Report on horse surra - Volume I
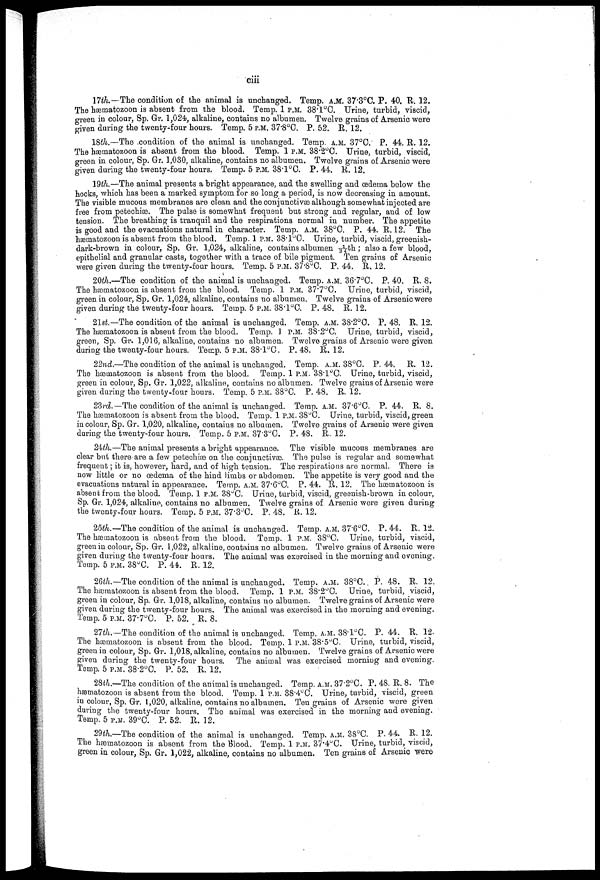
ciii
17th.—The condition of the animal is unchanged. Temp. A.M. 37.3°C. P. 40. R. 12.
The hæmatozoon is absent from the blood. Temp. 1 P.M. 38.1°C. Urine, turbid, viscid,
green in colour, Sp. Gr. 1,024, alkaline, contains no albumen. Twelve grains of Arsenic were
given during the twenty-four hours. Temp. 5 P.M. 37.8°C. P. 52. R. 12.
18th.—The condition of the animal is unchanged. Temp. A.M. 37°C. P. 44. R. 12.
The hæmatozoon is absent from the blood. Temp. 1 P.M. 38.2°C. Urine, turbid, viscid,
green in colour, Sp. Gr. 1,030, alkaline, contains no albumen. Twelve grains of Arsenic were
given during the twenty-four hours. Temp. 5 P.M. 38.1°C. P. 44. R. 12.
19th.—The animal presents a bright appearance, and the swelling and œdema below the
hocks, which has been a marked symptom for so long a period, is now decreasing in amount.
The visible mucous membranes are clean and the conjunctivæ although somewhat injected are
free from petechiæ. The pulse is somewhat frequent but strong and regular, and of low
tension. The breathing is tranquil and the respirations normal in number. The appetite
is good and the evacuations natural in character. Temp. A.M. 38°C. P. 44. R. 12. The
hæmatozoon is absent from the blood. Temp. 1 P.M. 38.1°C. Urine, turbid, viscid, greenish-
dark-brown in colour, Sp. Gr. 1,024, alkaline, contains albumen 1/34th; also a few blood,
epithelial and granular casts, together with a trace of bile pigment. Ten grains of Arsenic
were given during the twenty-four hours. Temp. 5 P.M. 37.8°C. P. 44. R, 12.
20th.—The condition of the animal is unchanged. Temp. A.M. 36.7°C. P. 40. R. 8.
The hæmatozoon is absent from the blood. Temp. 1 P.M. 37.7°C. Urine, turbid, viscid,
green in colour, Sp. Gr. 1,024, alkaline, contains no albumen. Twelve grains of Arsenic were
given during the twenty-four hours. Temp. 5 P.M. 38.1°C. P. 48. R. 12.
21st.—The condition of the animal is unchanged. Temp. A.M. 38.2°C. P. 48. R. 12.
The hæmatozoon is absent from the blood. Temp. 1 P.M. 38.2°C. Urine, turbid, viscid,
green, Sp. Gr. 1,016, alkaline, contains no albumen. Twelve grains of Arsenic were given
during the twenty-four hours. Temp. 5 P.M. 38.1°C. P. 48. R. 12.
22nd.—The condition of the animal is unchanged. Temp. A.M. 38°C. P. 44. R. 12.
The hæmatozoon is absent from the blood. Temp. 1 P.M. 38.1°C. Urine, turbid, viscid,
green in colour, Sp. Gr. 1,022, alkaline, contains no albumen. Twelve grains of Arsenic were
given during the twenty-four hours. Temp. 5 P.M. 38°C. P. 48. R. 12.
23rd.— The condition of the animal is unchanged. Temp. A.M. 37.6°C. P. 44. R. 8.
The hæmatozoon is absent from the blood. Temp. 1 P.M. 38°C. Urine, turbid, viscid, green
in colour, Sp. Gr. 1,020, alkaline, contains no albumen. Twelve grains of Arsenic were given
during the twenty-four hours. Temp. 5 P.M. 37.3°C. P. 48. R. 12.
24th.—The animal presents a bright appearance. The visible mucous membranes are
clear but there are a few petechiæ on the conjunctivæ. The pulse is regular and somewhat
frequent; it is, however, hard, and of high tension. The respirations are normal. There is
now little or no œdema of the hind limbs or abdomen. The appetite is very good and the
evacuations natural in appearance. Temp. A.M. 37.6°C. P. 44. R. 12. The hæmatozoon is
absent from the blood. Temp. 1 P.M. 38°C. Urine, turbid, viscid, greenish-brown in colour,
Sp. Gr. 1,024, alkaline, contains no albumen. Twelve grains of Arsenic were given during
the twenty-four hours. Temp. 5 P.M. 37.3°C. P. 48. R. 12.
25th.— The condition of the animal is unchanged. Temp. A.M. 37.6°C. P. 44. R. 12.
The hæmatozoon is absent from the blood. Temp. 1 P.M. 38°C. Urine, turbid, viscid,
green in colour, Sp. Gr. 1,022, alkaline, contains no albumen. Twelve grains of Arsenic were
given during the twenty-four hours. The animal was exercised in the morning and evening.
Temp. 5 P.M. 38°C. P. 44. R. 12.
26th.—The condition of the animal is unchanged. Temp. A.M. 38°C. P. 48. R. 12.
The hæmatozoon is absent from the blood. Temp. 1 P.M. 38.2°C. Urine, turbid, viscid,
green in colour, Sp. Gr. 1,018, alkaline, contains no albumen. Twelve grains of Arsenic were
given during the twenty-four hours. The animal was exercised in the morning and evening.
Temp. 5 P.M. 37.7°C. P. 52. R. 8.
27th.— The condition of the animal is unchanged. Temp. A.M. 38.1°C. P. 44. R. 12.
The hæmatozoon is absent from the blood. Temp. 1 P.M. 38.5°C. Urine, turbid, viscid,
green in colour, Sp. Gr. 1,018, alkaline, contains no albumen. Twelve grains of Arsenic were
given during the twenty-four hours. The animal was exercised morning and evening.
Temp. 5 P.M. 38.2°C. P. 52. R. 12.
28th.—The condition of the animal is unchanged. Temp. A.M. 37.2°C. P. 48. R. 8. The
hæmatozoon is absent from the blood. Temp. 1 P.M. 38.4°C. Urine, turbid, viscid, green
in colour, Sp. Gr. 1,020, alkaline, contains no albumen. Ten grains of Arsenic were given
during the twenty-four hours. The animal was exercised in the morning and evening.
Temp. 5 P.M. 39°C. P. 52. R. 12.
29th.—The condition of the animal is unchanged. Temp. A.M. 38°C. P. 44. R. 12.
The hæmatozoon is absent from the blood. Temp. 1 P.M. 37.4°C. Urine, turbid, viscid,
green in colour, Sp. Gr. 1,022, alkaline, contains no albumen. Ten grains of Arsenic were